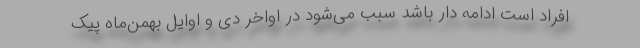
افراد است ادامه دار باشد سبب می‌شود در اواخر دی و اوایل بهمن‌ماه پیک